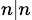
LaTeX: _{n|n}